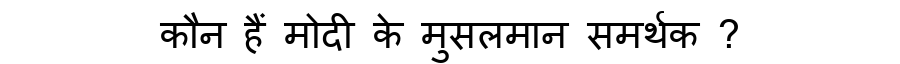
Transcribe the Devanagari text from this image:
कौन हैं मोदी के मुसलमान समर्थक ?